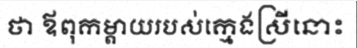
ថា ឪពុកម្តាយរបស់ក្មេងស្រីនោះ